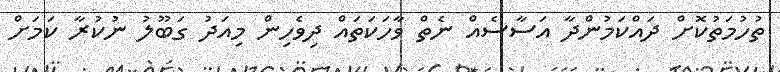
ތުހުމަތުކޮށް ދައްކަމުންދާ އަސާސެއް ނެތް ވާހަކަތައް ދިވެހިން މިއަދު ގަބޫލު ނުކުރާ ކަމަށް